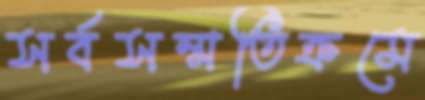
সর্বসম্মতিক্রমে